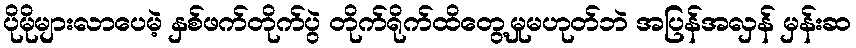
ပိုမိုများလာပေမဲ့ နှစ်ဖက်တိုက်ပွဲ တိုက်ရိုက်ထိတွေ့မှုမဟုတ်ဘဲ အပြန်အလှန် မှန်းဆ